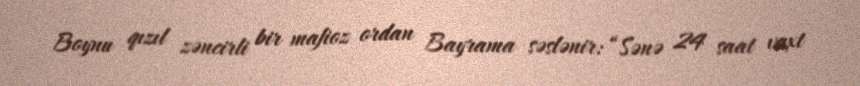
Boynu qızıl zəncirli bir mafioz ordan Bayrama səslənir: “Sənə 24 saat vaxt